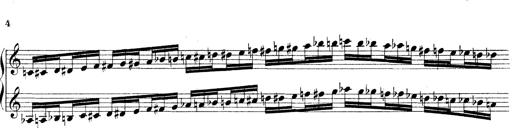
Title: Technische Studien
Composer: Franz Liszt